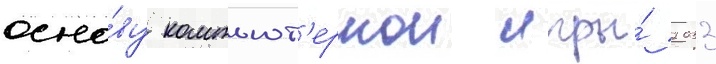
осно́ву компьют'ернои игры́ 2033